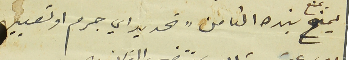
يمنح يمنع بنده الثامن " تحديد اي جرم او تعيين